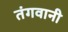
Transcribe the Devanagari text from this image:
तंगवानी